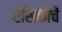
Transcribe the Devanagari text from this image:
रसिकांचें